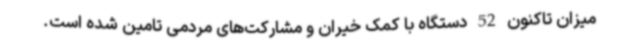
میزان تاکنون 52 دستگاه با کمک خیران و مشارکت‌های مردمی تامین شده است.